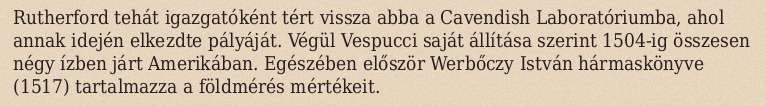
Rutherford tehát igazgatóként tért vissza abba a Cavendish Laboratóriumba, ahol annak idején elkezdte pályáját. Végül Vespucci saját állítása szerint 1504-ig összesen négy ízben járt Amerikában. Egészében először Werbőczy István hármaskönyve (1517) tartalmazza a földmérés mértékeit.